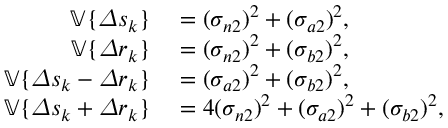
\begin{array} { r l } { \mathbb { V } \{ \varDelta s _ { k } \} } & { { } = ( \sigma _ { n 2 } ) ^ { 2 } + ( \sigma _ { a 2 } ) ^ { 2 } , } \\ { \mathbb { V } \{ \varDelta r _ { k } \} } & { { } = ( \sigma _ { n 2 } ) ^ { 2 } + ( \sigma _ { b 2 } ) ^ { 2 } , } \\ { \mathbb { V } \{ \varDelta s _ { k } - \varDelta r _ { k } \} } & { { } = ( \sigma _ { a 2 } ) ^ { 2 } + ( \sigma _ { b 2 } ) ^ { 2 } , } \\ { \mathbb { V } \{ \varDelta s _ { k } + \varDelta r _ { k } \} } & { { } = 4 ( \sigma _ { n 2 } ) ^ { 2 } + ( \sigma _ { a 2 } ) ^ { 2 } + ( \sigma _ { b 2 } ) ^ { 2 } , } \end{array}